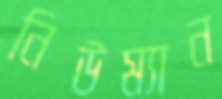
নিউম্যান